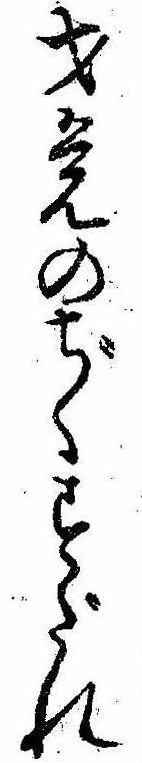
才覚のぢくすだれ